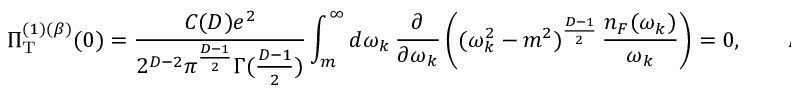
\Pi _ { \mathrm { T } } ^ { ( 1 ) ( \beta ) } ( 0 ) = \frac { C ( D ) e ^ { 2 } } { 2 ^ { D - 2 } \pi ^ { \frac { D - 1 } { 2 } } \Gamma ( \frac { D - 1 } { 2 } ) } \int _ { m } ^ { \infty } d \omega _ { k } \, \frac { \partial } { \partial \omega _ { k } } \left( ( \omega _ { k } ^ { 2 } - m ^ { 2 } ) ^ { \frac { D - 1 } { 2 } } \, \frac { n _ { F } ( \omega _ { k } ) } { \omega _ { k } } \right) = 0 , \qquad D \geq 2